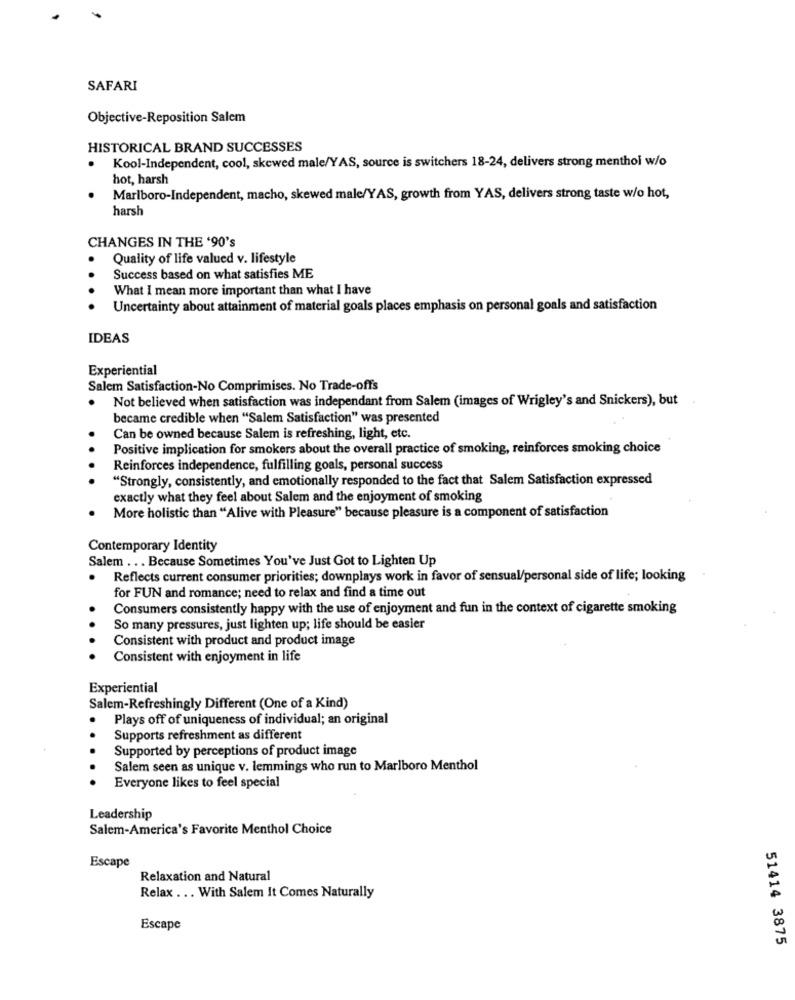
SAFARI
Objective-Reposition Salem
HISTORICAL BRAND SUCCESSES
Kool-Independent, cool, skewed male/YAS, source is switchers 18-24, delivers strong menthol w/o
hot, harsh
Marlboro-Independent, macho, skewed male/YAS, growth from YAS, delivers strong taste w/o hot,
harsh
CHANGES IN THE '90's
Quality of life valued v. lifestyle
Success based on what satisfies ME
What I mean more important than what I have
Uncertainty about attainment of material goals places emphasis on personal goals and satisfaction
IDEAS
Experiential
Salem Satisfaction-No Comprimises. No Trade-offs
Not believed when satisfaction was independant from Salem (images of Wrigley's and Snickers), but
became credible when "Salem Satisfaction" was presented
Can be owned because Salem is refreshing, light, etc.
Positive implication for smokers about the overall practice of smoking, reinforces smoking choice
Reinforces independence, fulfilling goals, personal success
"Strongly, consistently, and emotionally responded to the fact that Salem Satisfaction expressed
exactly what they feel about Salem and the enjoyment of smoking
More holistic than "Alive with Pleasure" because pleasure is a component of satisfaction
Contemporary Identity
Salem ... Because Sometimes You've Just Got to Lighten Up
Reflects current consumer priorities; downplays work in favor of sensual/personal side of life; looking
for FUN and romance; need to relax and find a time out
Consumers consistently happy with the use of enjoyment and fun in the context of cigarette smoking
So many pressures, just lighten up; life should be easier
Consistent with product and product image
Consistent with enjoyment in life
Experiential
Salem-Refreshingly Different (One of a Kind)
Plays off of uniqueness of individual; an original
Supports refreshment as different
Supported by perceptions of product image
Salem seen as unique v. lemmings who run to Marlboro Menthol
Everyone likes to feel special
Leadership
Salem-America's Favorite Menthol Choice
Escape
Relaxation and Natural
Relax ... With Salem It Comes Naturally
Escape
51414 3875